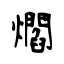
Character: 爓